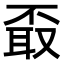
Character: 𦕪